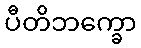
ပီတိဘက္ခော